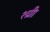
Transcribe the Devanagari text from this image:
श्ध्रीा